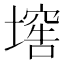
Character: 𡑛